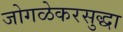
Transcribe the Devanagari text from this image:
जोगळेकरसुद्धा